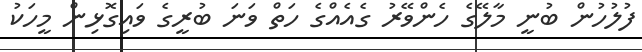
ފުލުހުން ބުނީ މާލޭގެ ހެންވޭރު ގެއެއްގެ ހަތް ވަނަ ބުރީގެ ވައިގޮޅިން މީހަކު